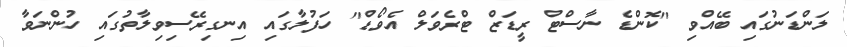
ލަންޑަނުގައި ބޭއްވި "ކޮންޑެ ނާސްޓް ރީޑަޒް ޓްރެވަލް އެވޯޑް" ހަފުލާގައި އިނގިރޭސިވިލާތުގައި ހުންނަވާ